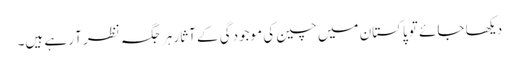
دیکھا جائے تو پاکستان میں چین کی موجودگی کے آثار ہر جگہ نظر آ رہے ہیں۔